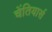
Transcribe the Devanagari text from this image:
चेंतियार्स